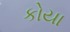
કોયા